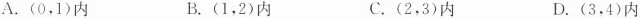
A.(0，1)内 B.(1，2)内 C.(2，3)内 D.(3，4)内